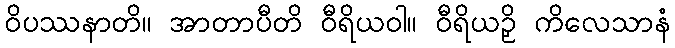
ဝိပဿနာတိ။ အာတာပီတိ ဝီရိယဝါ။ ဝီရိယဉှိ ကိလေသာနံ